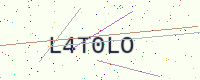
Text: L4T0LO